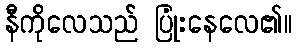
နီကိုလေသည် ပြုံးနေလေ၏။